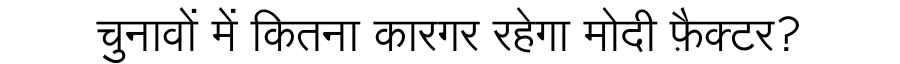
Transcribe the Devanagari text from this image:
चुनावों में कितना कारगर रहेगा मोदी फ़ैक्टर?